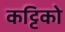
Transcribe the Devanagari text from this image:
कट्टिको